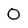
Character: 0